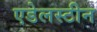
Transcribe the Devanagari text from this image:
एडेलस्टीन